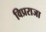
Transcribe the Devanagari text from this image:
विप्रराजा